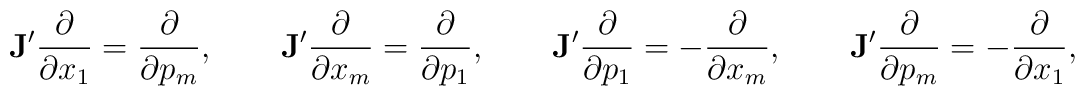
{\bf J}'\frac{\partial}{\partial x_1}=\frac{\partial}{\partial p_m},\qquad{\bf J}'\frac{\partial}{\partial x_m}=\frac{\partial}{\partial p_1},\qquad{\bf J}'\frac{\partial}{\partial p_1}=-\frac{\partial}{\partial x_m},\qquad{\bf J}'\frac{\partial}{\partial p_m}=-\frac{\partial}{\partial x_1},\qquad